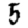
Digit: 5